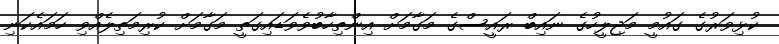
ކުޅިވަރުގެ ގައުމީ މަޖިލީހުގެ ނައިބް ރައީސްގެ މަގާމަށް އިންތިހާބުވެވަޑައިގަތީ މަގާމަށް ކުރިމަތިލެއްވި ހަމައެކަނި